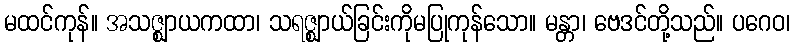
မထင်ကုန်။ အသဇ္ဈာယကထာ၊ သရဇ္ဈာယ်ခြင်းကိုမပြုကုန်သော။ မန္တာ၊ ဗေဒင်တို့သည်။ ပဂေဝ၊